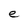
Character: e